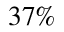
3 7 \%